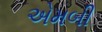
એમબી